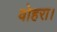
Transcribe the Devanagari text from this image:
वोहरा।